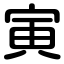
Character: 寅